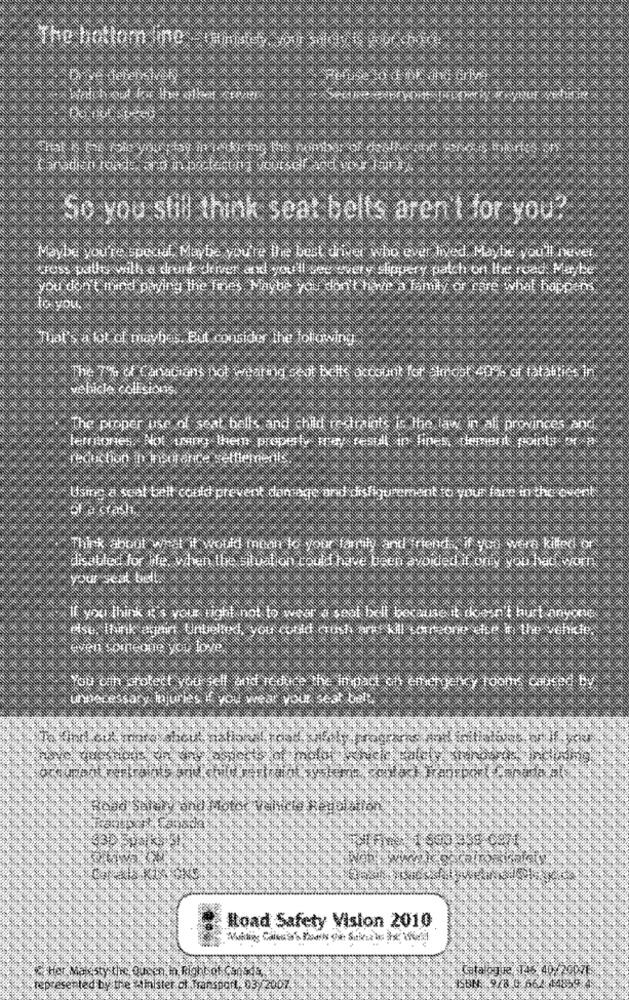
The bottom line -midi
So you still think seat belts aren't for you?
Maybe you're spead, Maybe you're the best driver who ever lived, Maybe you'll never
trest pally with a drunk driver and you'll see every slippery patch on the road. Maybe
you don't mind paying the Ines Maybe you don't hoe a family or rare what happens
to you.
That's a lot of mayhes. But consider the lotawing
The 7% of Canacians not wearing seat belts account for -Imost 40% of fatalities in
vehicle collisions
The proper use of seat bells and child restraints is the law in ali provinces and
territories. Not want them proptaly iray testil in fines, demend pointy on a
reduction in insurance selfiements
Usine a scal tell could prevent damage and disfigurement to your fare in the event
Think about what it would mean to your family and friends, if you were killed or
disabled for ife, when the situation could have been avoided if only you had worn
your seat belt.
If you think it's your right not to weer a seat Ixell because it doesn't hurt anyone
else. think atpaint Unbelted, you could crush are kill uarcone cte it, the vehicle.
even someone you love
You can crotert you sell and reduce the in pact ch emergency toon calited by
unnecessary injuries if you wear your seat belt
cık morecalicut siali
Road Serery and Motor
Itoad Safety Vision 2010
Her Mak sty the Queen in Right of Canada.
represented by the minister of Transport, 03/ 2007.
ISBN: 9/8 0 66/ 44859 4